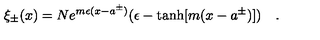
\xi _ { \pm } ( x ) = N e ^ { m \epsilon ( x - a ^ { \pm } ) } ( \epsilon - \tanh [ m ( x - a ^ { \pm } ) ] ) \quad .